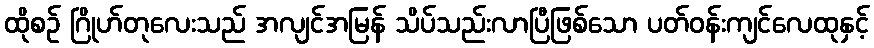
ထိုစဉ် ဂြိုဟ်တုလေးသည် အလျင်အမြန် သိပ်သည်းလာပြီဖြစ်သော ပတ်ဝန်းကျင်လေထုနှင့်